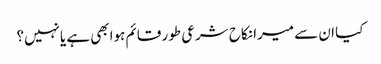
کیا ان سے میرا نکاح شرعی طور قائم ہوابھی ہے یانہیں؟